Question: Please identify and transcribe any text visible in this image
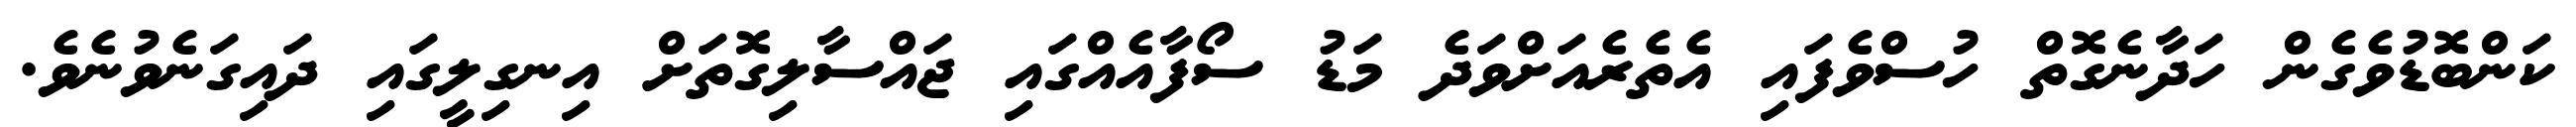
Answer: ކަންބޮޑުވެގެން ހަދާނެގޮތް ހުސްވެފައި އެތެރެއަށްވަދެ މަޑު ސޯފާއެއްގައި ޖައްސާލިގޮތަށް އިނގިލީގައި ދައިގަނެވުނެވެ.